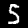
Label: 5